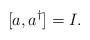
LaTeX: \begin{align*}[a,a^\dagger]=I.\end{align*}